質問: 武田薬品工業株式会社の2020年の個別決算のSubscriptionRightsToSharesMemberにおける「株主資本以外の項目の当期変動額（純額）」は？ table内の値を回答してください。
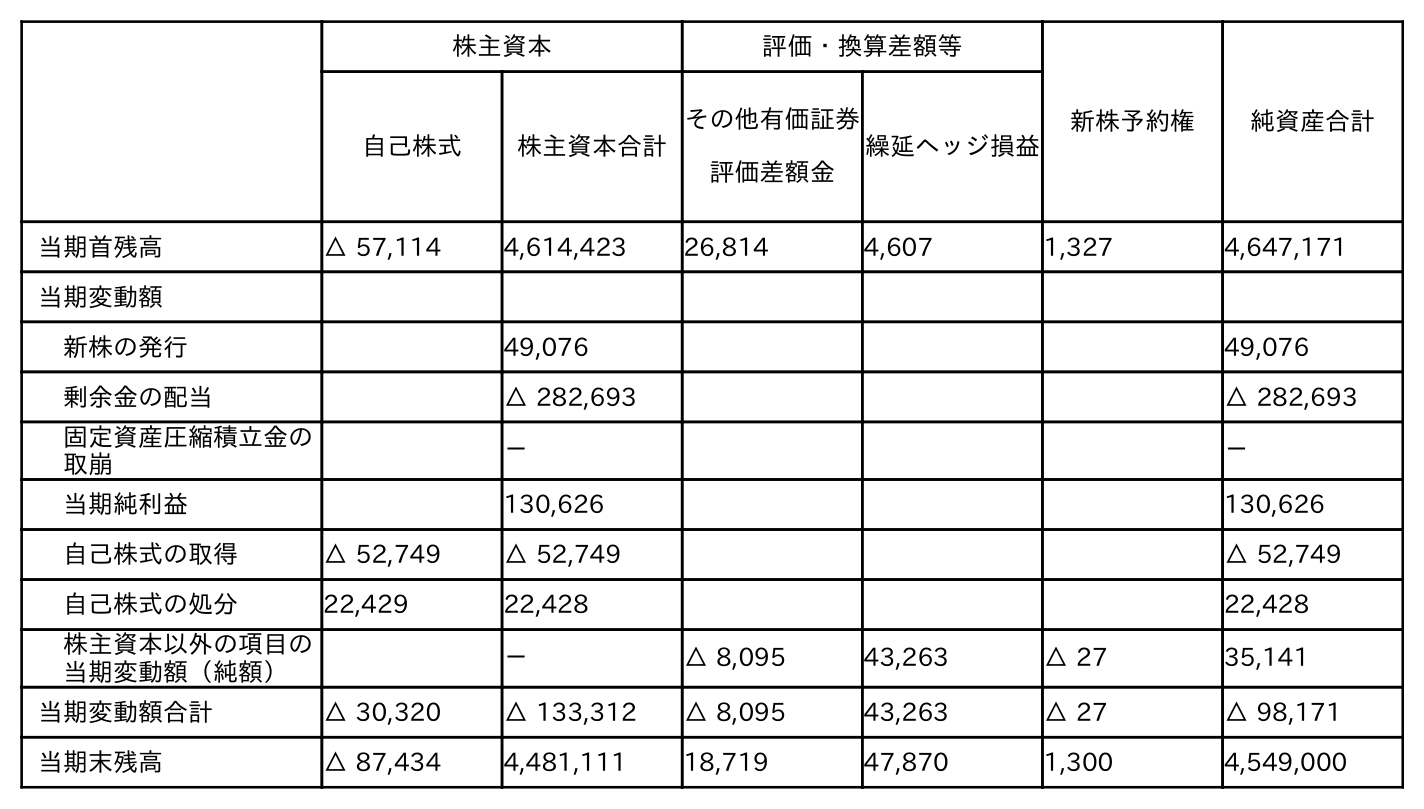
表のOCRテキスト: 株主資本 評価・換算差額等 新株予約権 純資産合計 自己株式 株主資本合計 その他有価証券 評価差額金 繰延ヘッジ損益 当期首残高 △ 57,114 4,614,423 26,814 4,607 1,327 4,647,171 当期変動額 新株の発行 49,076 49,076 剰余金の配当 △ 282,693 △ 282,693 固定資産圧縮積立金の 取崩 － － 当期純利益 130,626 130,626 自己株式の取得 △ 52,749 △ 52,749 △ 52,749 自己株式の処分 22,429 22,428 22,428 株主資本以外の項目の 当期変動額（純額） － △ 8,095 43,263 △ 27 35,141 当期変動額合計 △ 30,320 △ 133,312 △ 8,095 43,263 △ 27 △ 98,171 当期末残高 △ 87,434 4,481,111 18,719 47,870 1,300 4,549,000
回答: △27